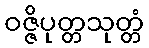
ဝဇ္ဇိပုတ္တသုတ္တံ